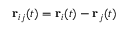
{ \bf r } _ { i j } ( t ) = { \bf r } _ { i } ( t ) - { \bf r } _ { j } ( t )